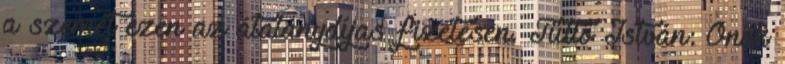
a szemét ezen az átalánydíjas fizetésen. Tüttő István: Önök